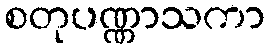
စတုပဏ္ဏာသကာ